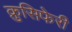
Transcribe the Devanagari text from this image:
क्रुसिफेरी